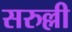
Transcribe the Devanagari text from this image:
सरुल्ली